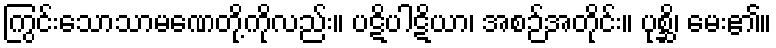
ကြွင်းသောသာမဏေတို့ကိုလည်း။ ပဋိပါဋိယာ၊ အစဉ်အတိုင်း။ ပုစ္ဆိ၊ မေး၏။